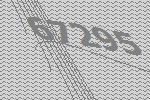
67295